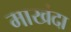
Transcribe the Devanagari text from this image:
माखंदा